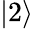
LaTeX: |2\rangle